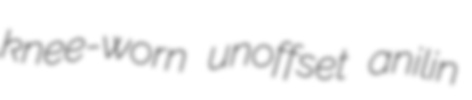
knee-worn unoffset anilin